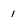
Character: 1